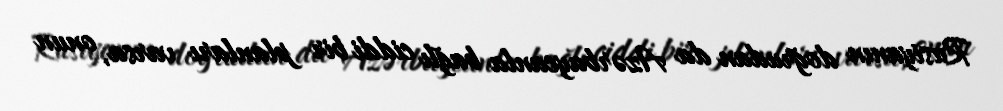
Rusiyanın doğrudan da Azərbaycanla bağlı ciddi bir planları varsa, onun